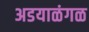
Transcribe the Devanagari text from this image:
अडयाळंगळ